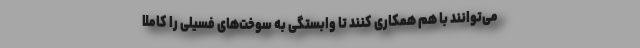
می‌توانند با هم همکاری کنند تا وابستگی به سوخت‌های فسیلی را کاملا